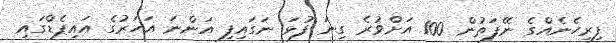
ފިރިހެނެއްގެ ނޭފަތުން 100 އަށްވުރެ ގިނަ ފުޅަ ނަގައިފި އަންނަ އަހަރުގެ އައިޕެޑްގައި